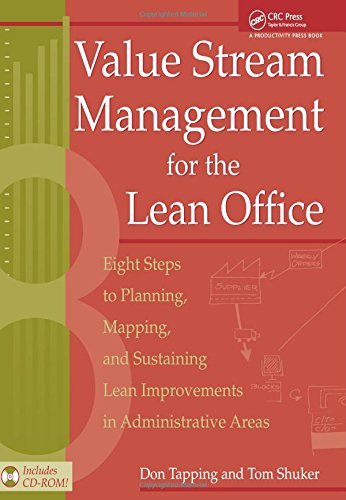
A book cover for Value Stream Management for the Lean Office: Eight Steps to Planning, Mapping, & Sustaining Lean Improvements in Administrative Areas; Don Tapping; Business & Money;